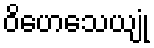
ဝိဟေသေယျုံ